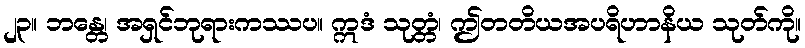
၂၃။ ဘန္တေ၊ အရှင်ဘုရားကဿပ။ ဣဒံ သုတ္တံ၊ ဤတတိယအပရိဟာနိယ သုတ်ကို။